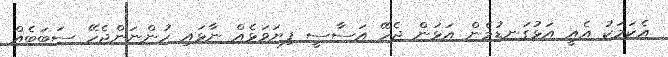
އެކަމަކު އެއީ އަޅުގަނޑުމެން އަޅަން ޖެހޭ އަސާސީ ފިޔަވަޅެއް ނާޅައި ހުންނަންޖެހޭ ސަބަބެއް